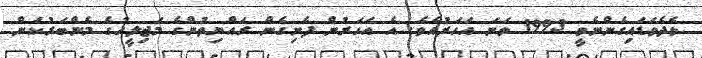
ވެދެވަޑައިގެންނެވީ 1993 ވަނަ އަހަރުއެވެ. އެ އަހަރުން ފެށިގެން ރައްޔިތުންގެ މަޖިލީހުގެ މެންބަރުކަން